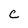
Character: c